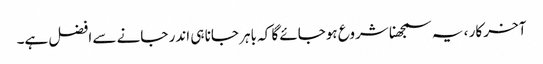
آخر کار ، یہ سمجھنا شروع ہوجائے گا کہ باہر جانا ہی اندر جانے سے افضل ہے۔